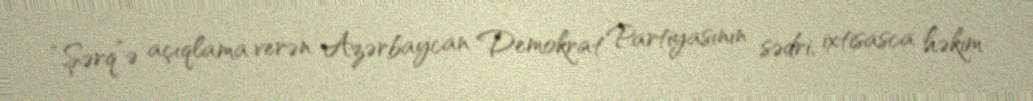
“Şərq”ə açıqlama verən Azərbaycan Demokrat Partiyasının sədri, ixtisasca həkim